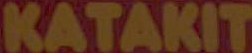
KATAKIT